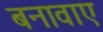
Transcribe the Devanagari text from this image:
बनावाए